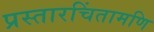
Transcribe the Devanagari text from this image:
प्रस्तारचिंतामणि